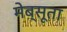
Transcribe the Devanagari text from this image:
मेब्सूता